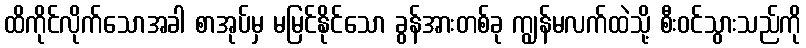
ထိကိုင်လိုက်သောအခါ စာအုပ်မှ မမြင်နိုင်သော ခွန်အားတစ်ခု ကျွန်မလက်ထဲသို့ စီးဝင်သွားသည်ကို